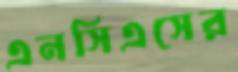
এনসিএসের